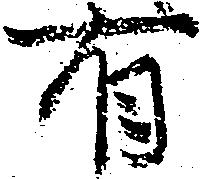
有